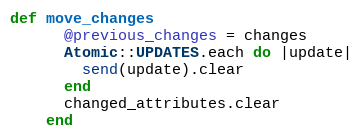
Language: Ruby
def move_changes
      @previous_changes = changes
      Atomic::UPDATES.each do |update|
        send(update).clear
      end
      changed_attributes.clear
    end